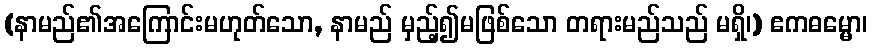
(နာမည်၏အကြောင်းမဟုတ်သော, နာမည် မှည့်၍မဖြစ်သော တရားမည်သည် မရှိ၊) ဧကဓမ္မော၊